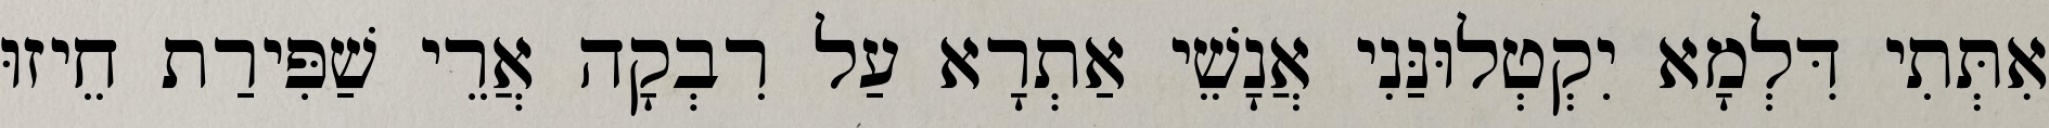
אִתְּתִי דִּלְמָא יִקְטְלוּנַּנִי אֲנָשֵׁי אַתְרָא עַל רִבְקָה אֲרֵי שַׁפִּירַת חֵיזוּ